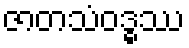
ဇာတသံဝဒ္ဓဿ